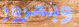
وبمرور